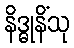
နိဒ္ဓုနိံသု